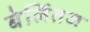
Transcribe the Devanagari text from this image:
बेर्लितज